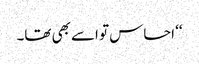
‘‘ احساس تو اسے بھی تھا۔